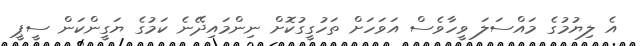
އެ ލިޔުމުގެ މައްސަލަ ވީހާވެސް އަވަހަށް ތަހުގީގުކޮށް ނިންމައިދޭނެ ކަމުގެ ޔަގީންކަން ސީޕީ